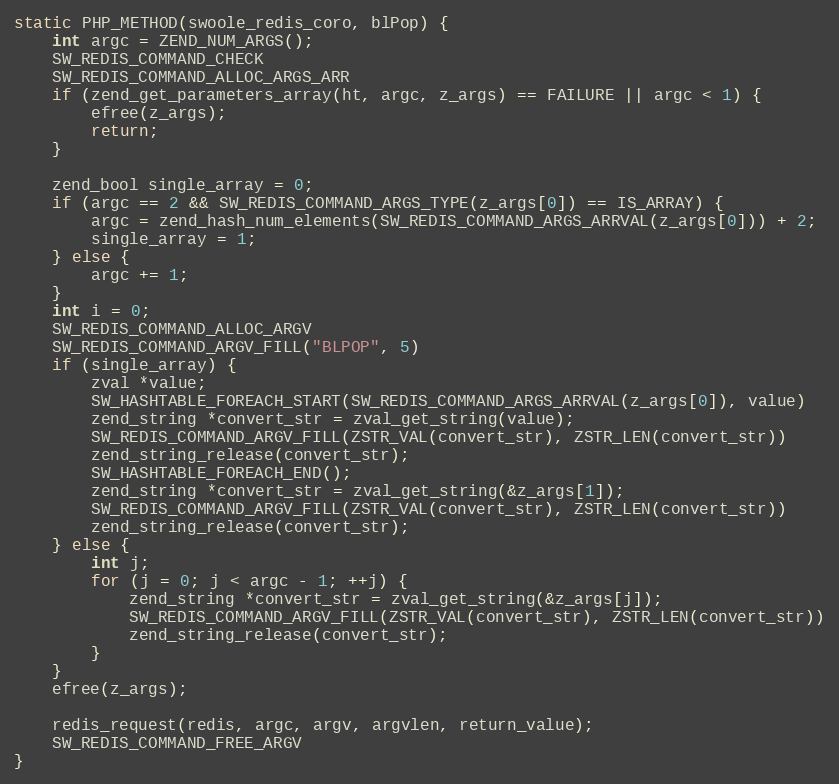
Language: C++
static PHP_METHOD(swoole_redis_coro, blPop) {
    int argc = ZEND_NUM_ARGS();
    SW_REDIS_COMMAND_CHECK
    SW_REDIS_COMMAND_ALLOC_ARGS_ARR
    if (zend_get_parameters_array(ht, argc, z_args) == FAILURE || argc < 1) {
        efree(z_args);
        return;
    }

    zend_bool single_array = 0;
    if (argc == 2 && SW_REDIS_COMMAND_ARGS_TYPE(z_args[0]) == IS_ARRAY) {
        argc = zend_hash_num_elements(SW_REDIS_COMMAND_ARGS_ARRVAL(z_args[0])) + 2;
        single_array = 1;
    } else {
        argc += 1;
    }
    int i = 0;
    SW_REDIS_COMMAND_ALLOC_ARGV
    SW_REDIS_COMMAND_ARGV_FILL("BLPOP", 5)
    if (single_array) {
        zval *value;
        SW_HASHTABLE_FOREACH_START(SW_REDIS_COMMAND_ARGS_ARRVAL(z_args[0]), value)
        zend_string *convert_str = zval_get_string(value);
        SW_REDIS_COMMAND_ARGV_FILL(ZSTR_VAL(convert_str), ZSTR_LEN(convert_str))
        zend_string_release(convert_str);
        SW_HASHTABLE_FOREACH_END();
        zend_string *convert_str = zval_get_string(&z_args[1]);
        SW_REDIS_COMMAND_ARGV_FILL(ZSTR_VAL(convert_str), ZSTR_LEN(convert_str))
        zend_string_release(convert_str);
    } else {
        int j;
        for (j = 0; j < argc - 1; ++j) {
            zend_string *convert_str = zval_get_string(&z_args[j]);
            SW_REDIS_COMMAND_ARGV_FILL(ZSTR_VAL(convert_str), ZSTR_LEN(convert_str))
            zend_string_release(convert_str);
        }
    }
    efree(z_args);

    redis_request(redis, argc, argv, argvlen, return_value);
    SW_REDIS_COMMAND_FREE_ARGV
}